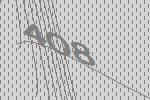
408